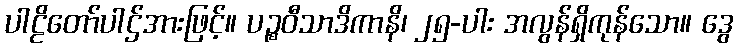
ပါဠိတော်ပါဌ်အားဖြင့်။ ပဉ္စဝီသာဒိကာနိ၊ ၂၅-ပါး အလွန်ရှိကုန်သော။ ဒွေ